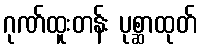
ဂုဏ်ထူးတန်း ပုစ္ဆာထုတ်